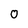
Character: 0